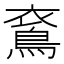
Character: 𪀰